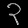
Digit: ၃